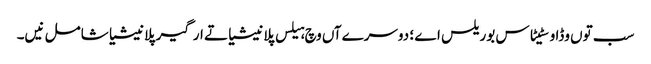
سب تو‏ں وڈا وسٹیٹاس بوریلس اے ؛ دوسرےآں وچ ہیلس پلانیشیا تے ارگیر پلانیشیا شامل نیں۔